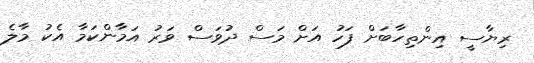
ރިޔާސީ އިންތިހާބަށް ފަހު އަށް މަސް ދުވަސް ވަރު އަމާންކަމާ އެކު މާލެ